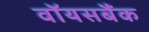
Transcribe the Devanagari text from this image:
वॉयसबैंक